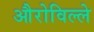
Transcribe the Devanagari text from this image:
औरोविल्ले